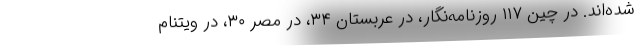
شده‌اند. در چین ۱۱۷ روزنامه‌نگار، در عربستان ۳۴، در مصر ۳۰، در ویتنام